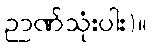
ဉာဏ်သုံးပါး)။